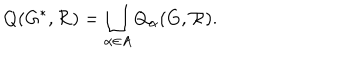
LaTeX: Q ( G ^ { * } , { \cal R } ) = \bigsqcup _ { \alpha \in A } Q _ { \alpha } ( G , { \cal R } ) .